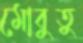
মোবুতু